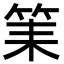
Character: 筙